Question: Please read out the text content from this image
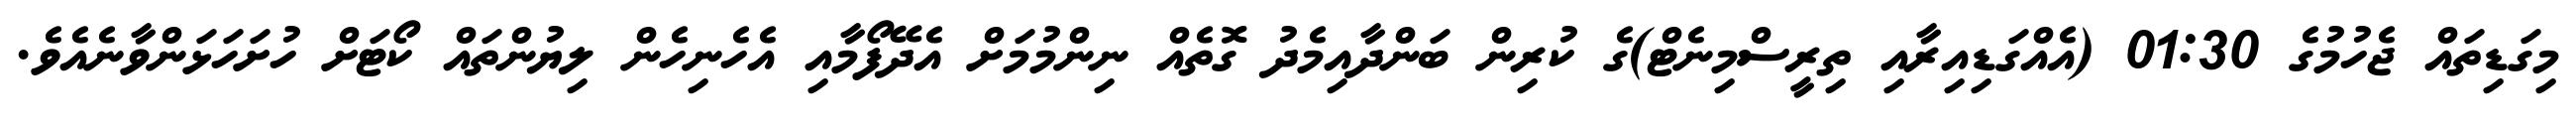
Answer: މިގަޑިތައް ޖެހުމުގެ 01:30 (އެއްގަޑިއިރާއި ތިރީސްމިނެޓް)ގެ ކުރިން ބަންދާއިމެދު ގޮތެއް ނިންމުމަށް އެދޭފޯމާއި އެހެނިހެން ލިޔުންތައް ކޯޓަށް ހުށަހަޅަންވާނެއެވެ.